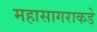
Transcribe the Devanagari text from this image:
महासागराकडे